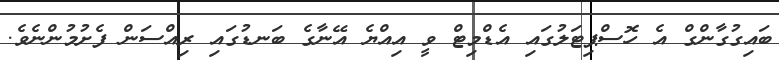
ބައިގުގާންގް އެ ހޮސްޕިޓަލުގައި އެޑްމިޓް ވީ އިއްޔެ އޭނާގެ ބަނޑުގައި ރިއްސަން ފެށުމުންނެވެ.